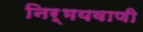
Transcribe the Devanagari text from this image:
निर्भयवाणी